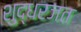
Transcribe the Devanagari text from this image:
शुद्धरजत